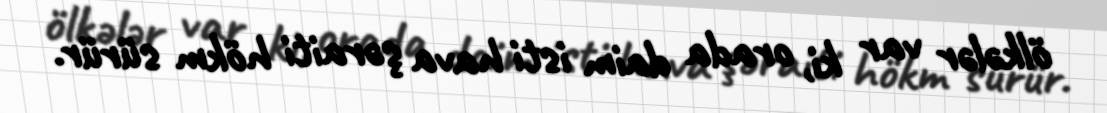
ölkələr var ki, orada daim isti hava şəraiti hökm sürür.